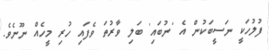
ފުލުހަކީ ނަސީބަކުން އެ 'ނުބައި' ބަލި ވާރުތަ ވެފައި ހުރި މީހެއް ނޫނެވެ.